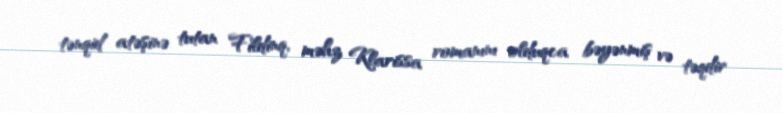
tənqid atəşinə tutan Fildinq, məhz Klarissa romanını olduqca bəyənmiş və təqdir